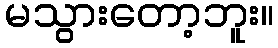
မသွားတော့ဘူး။